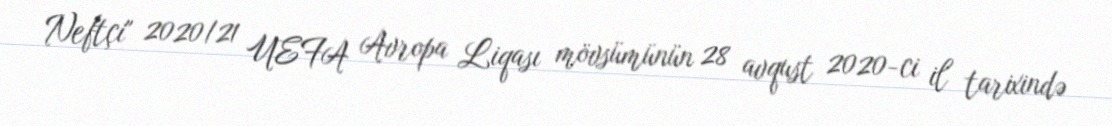
Neftçi" 2020/21 UEFA Avropa Liqası mövsümünün 28 avqust 2020-ci il tarixində